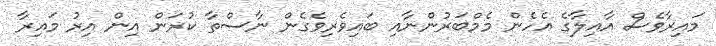
މައިރާވެސް އާއިލާގެ އެހެން މެމްބަރުންނާއި ބައިވެރިވެގެން ނާސްތާ ކުރަން އިން އިރު މައިރާ